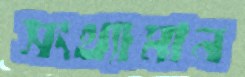
সংখ্যামান